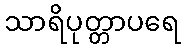
သာရိပုတ္တာပရေ